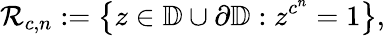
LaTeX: {\mathcal{R}}_{c,n}:=\left\{ z\in\mathbb{D}\cup\partial{\mathbb{D}}:z^{c^{n}}=1\right\} ,